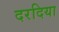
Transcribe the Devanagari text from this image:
दरदिया